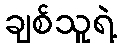
ချစ်သူရဲ့